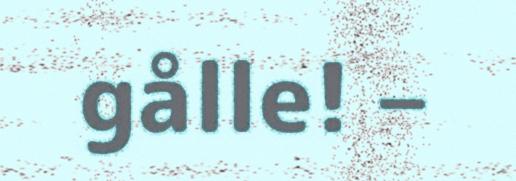
gålle! –